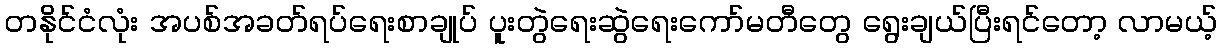
တနိုင်ငံလုံး အပစ်အခတ်ရပ်ရေးစာချုပ် ပူးတွဲရေးဆွဲရေးကော်မတီတွေ ရွေးချယ်ပြီးရင်တော့ လာမယ့်